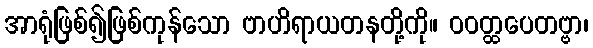
အာရုံဖြစ်၍ဖြစ်ကုန်သော ဗာဟိရာယတနတို့ကို။ ဝဝတ္ထပေတဗ္ဗာ၊